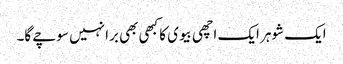
ایک شوہر ایک اچھی بیوی کا کبھی بھی برا نہیں سوچے گا۔